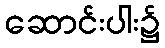
ဆောင်းပါး၌